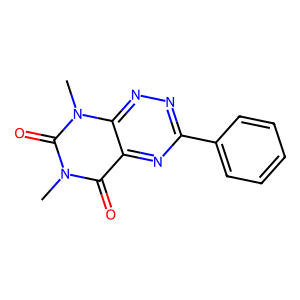
SMILES: Cn1c(=O)c2nc(-c3ccccc3)nnc2n(C)c1=O
Inhibits HIV replication: No